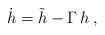
LaTeX: \begin{align*}{\dot h} = {\tilde h} - \Gamma \, h\,,\end{align*}